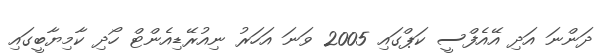
ދަންނަ އަދި އޭއެފްސީ ކަޕްގައި 2005 ވަނަ އަހަރު ނިއުރޭޑިއެންޓް ހޯދި ކާމިޔާބީގައި